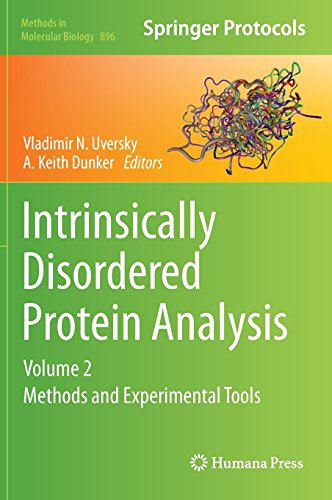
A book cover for Intrinsically Disordered Protein Analysis: Volume 2, Methods and Experimental Tools (Methods in Molecular Biology); Engineering & Transportation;